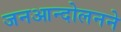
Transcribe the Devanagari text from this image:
जनआन्दोलनने